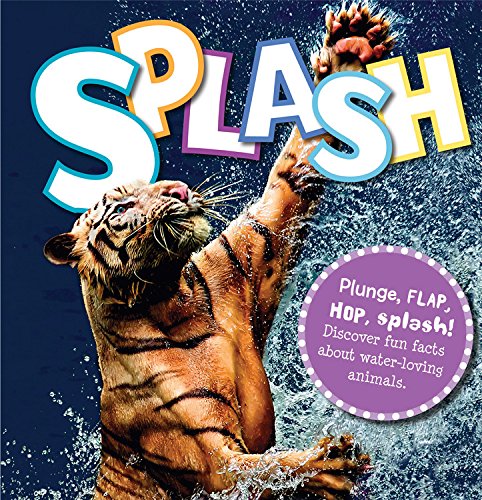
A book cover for Splash: Plunge, flap, hop, splash! Discover fun facts about water-loving animals; Camilla de la Bedoyere; Children's Books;